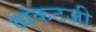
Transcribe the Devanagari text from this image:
व्यंकटजी